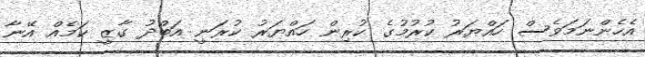
އެހެންނަމަވެސް ހައްޔަރު ކުރުމުގެ ކުރިން ހައްޔަރު ކުރަނީ އަބްދު ގާޒީ ކަމެއް އޭނާ